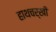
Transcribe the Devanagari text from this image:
हाथचर्खी